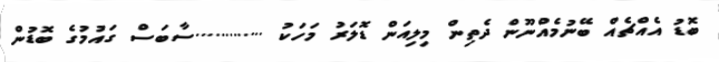
ބޮޑު އެއްޗެއް ބޭނުމެއްނޫން ދެތިން މިލިއަން ޑޮލަރު މަހަކު .............ސާބަސް ގައުމުގެ ބޮޑުން